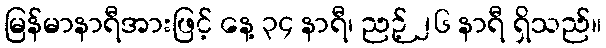
မြန်မာနာရီအားဖြင့် နေ့ ၃၄ နာရီ၊ ညဉ့် ၂၆ နာရီ ရှိသည်။